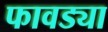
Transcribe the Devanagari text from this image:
फावड्या